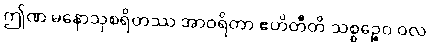
ဤဏ မနောသုစရိတဿ အာဝရိတာ ဧဟိတီတိ သစ္စဉ္စေဝ ဝလ